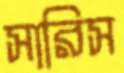
সারিস